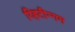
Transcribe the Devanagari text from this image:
व्हिटीन्गम